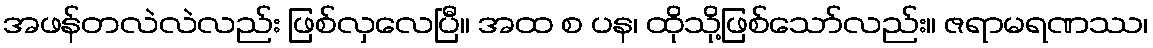
အဖန်တလဲလဲလည်း ဖြစ်လှလေပြီ။ အထ စ ပန၊ ထိုသို့ဖြစ်သော်လည်း။ ဇရာမရဏဿ၊